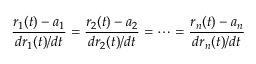
{ \frac { r _ { 1 } ( t ) - a _ { 1 } } { d r _ { 1 } ( t ) / d t } } = { \frac { r _ { 2 } ( t ) - a _ { 2 } } { d r _ { 2 } ( t ) / d t } } = \cdots = { \frac { r _ { n } ( t ) - a _ { n } } { d r _ { n } ( t ) / d t } }